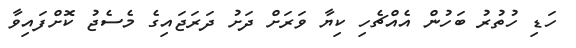
ހަޑި ހުތުރު ބަހުން އެއްޗެހި ކިޔާ ވަރަށް ދަށު ދަރަޖައިގެ މެސެޖު ކޮށްފައިވާ